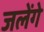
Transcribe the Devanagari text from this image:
जलेंगे